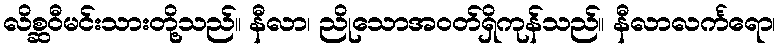
လိစ္ဆဝီမင်းသားတို့သည်။ နီလာ၊ ညိုသောအဝတ်ရှိကုန်သည်။ နီလာလင်္ကရော၊